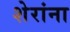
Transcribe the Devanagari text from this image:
शेरांना